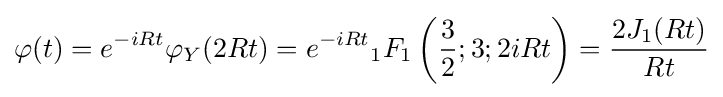
\varphi (t)=e^{-iRt}\varphi _{Y}(2Rt)=e^{-iRt}{}_{1}F_{1}\left({\frac {3}{2}};3;2iRt\right)={\frac {2J_{1}(Rt)}{Rt}}